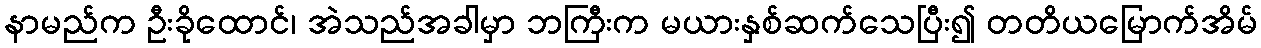
နာမည်က ဦးခိုထောင်၊ အဲသည်အခါမှာ ဘကြီးက မယားနှစ်ဆက်သေပြီး၍ တတိယမြောက်အိမ်